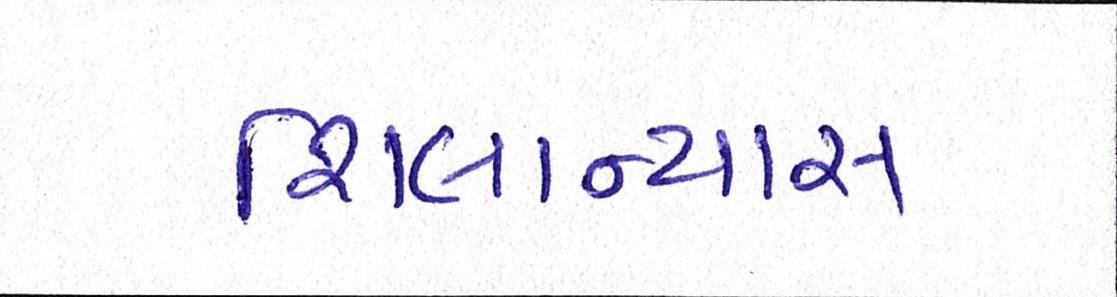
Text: શિલાન્યાસ